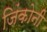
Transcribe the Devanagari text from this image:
जिंकोनी